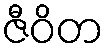
ဇီဝိတ